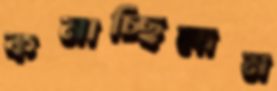
কমাচ্ছিলাম